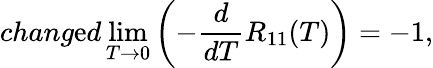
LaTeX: chang\mathrm{e}d\operatorname*{lim}_{T\to0}\left(-\frac{{d}}{{dT}}R_{11}(T)\right)=-1,